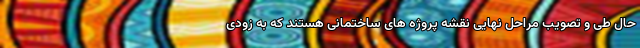
حال طی و تصویب مراحل نهایی نقشه پروژه های ساختمانی هستند که به زودی